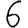
Digit: 6